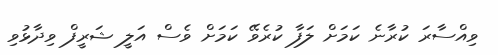
ވިއްސާރަ ކުރާނެ ކަމަށް ލަފާ ކުރެވޭ ކަމަށް ވެސް އަލީ ޝަރީފް ވިދާޅުވި